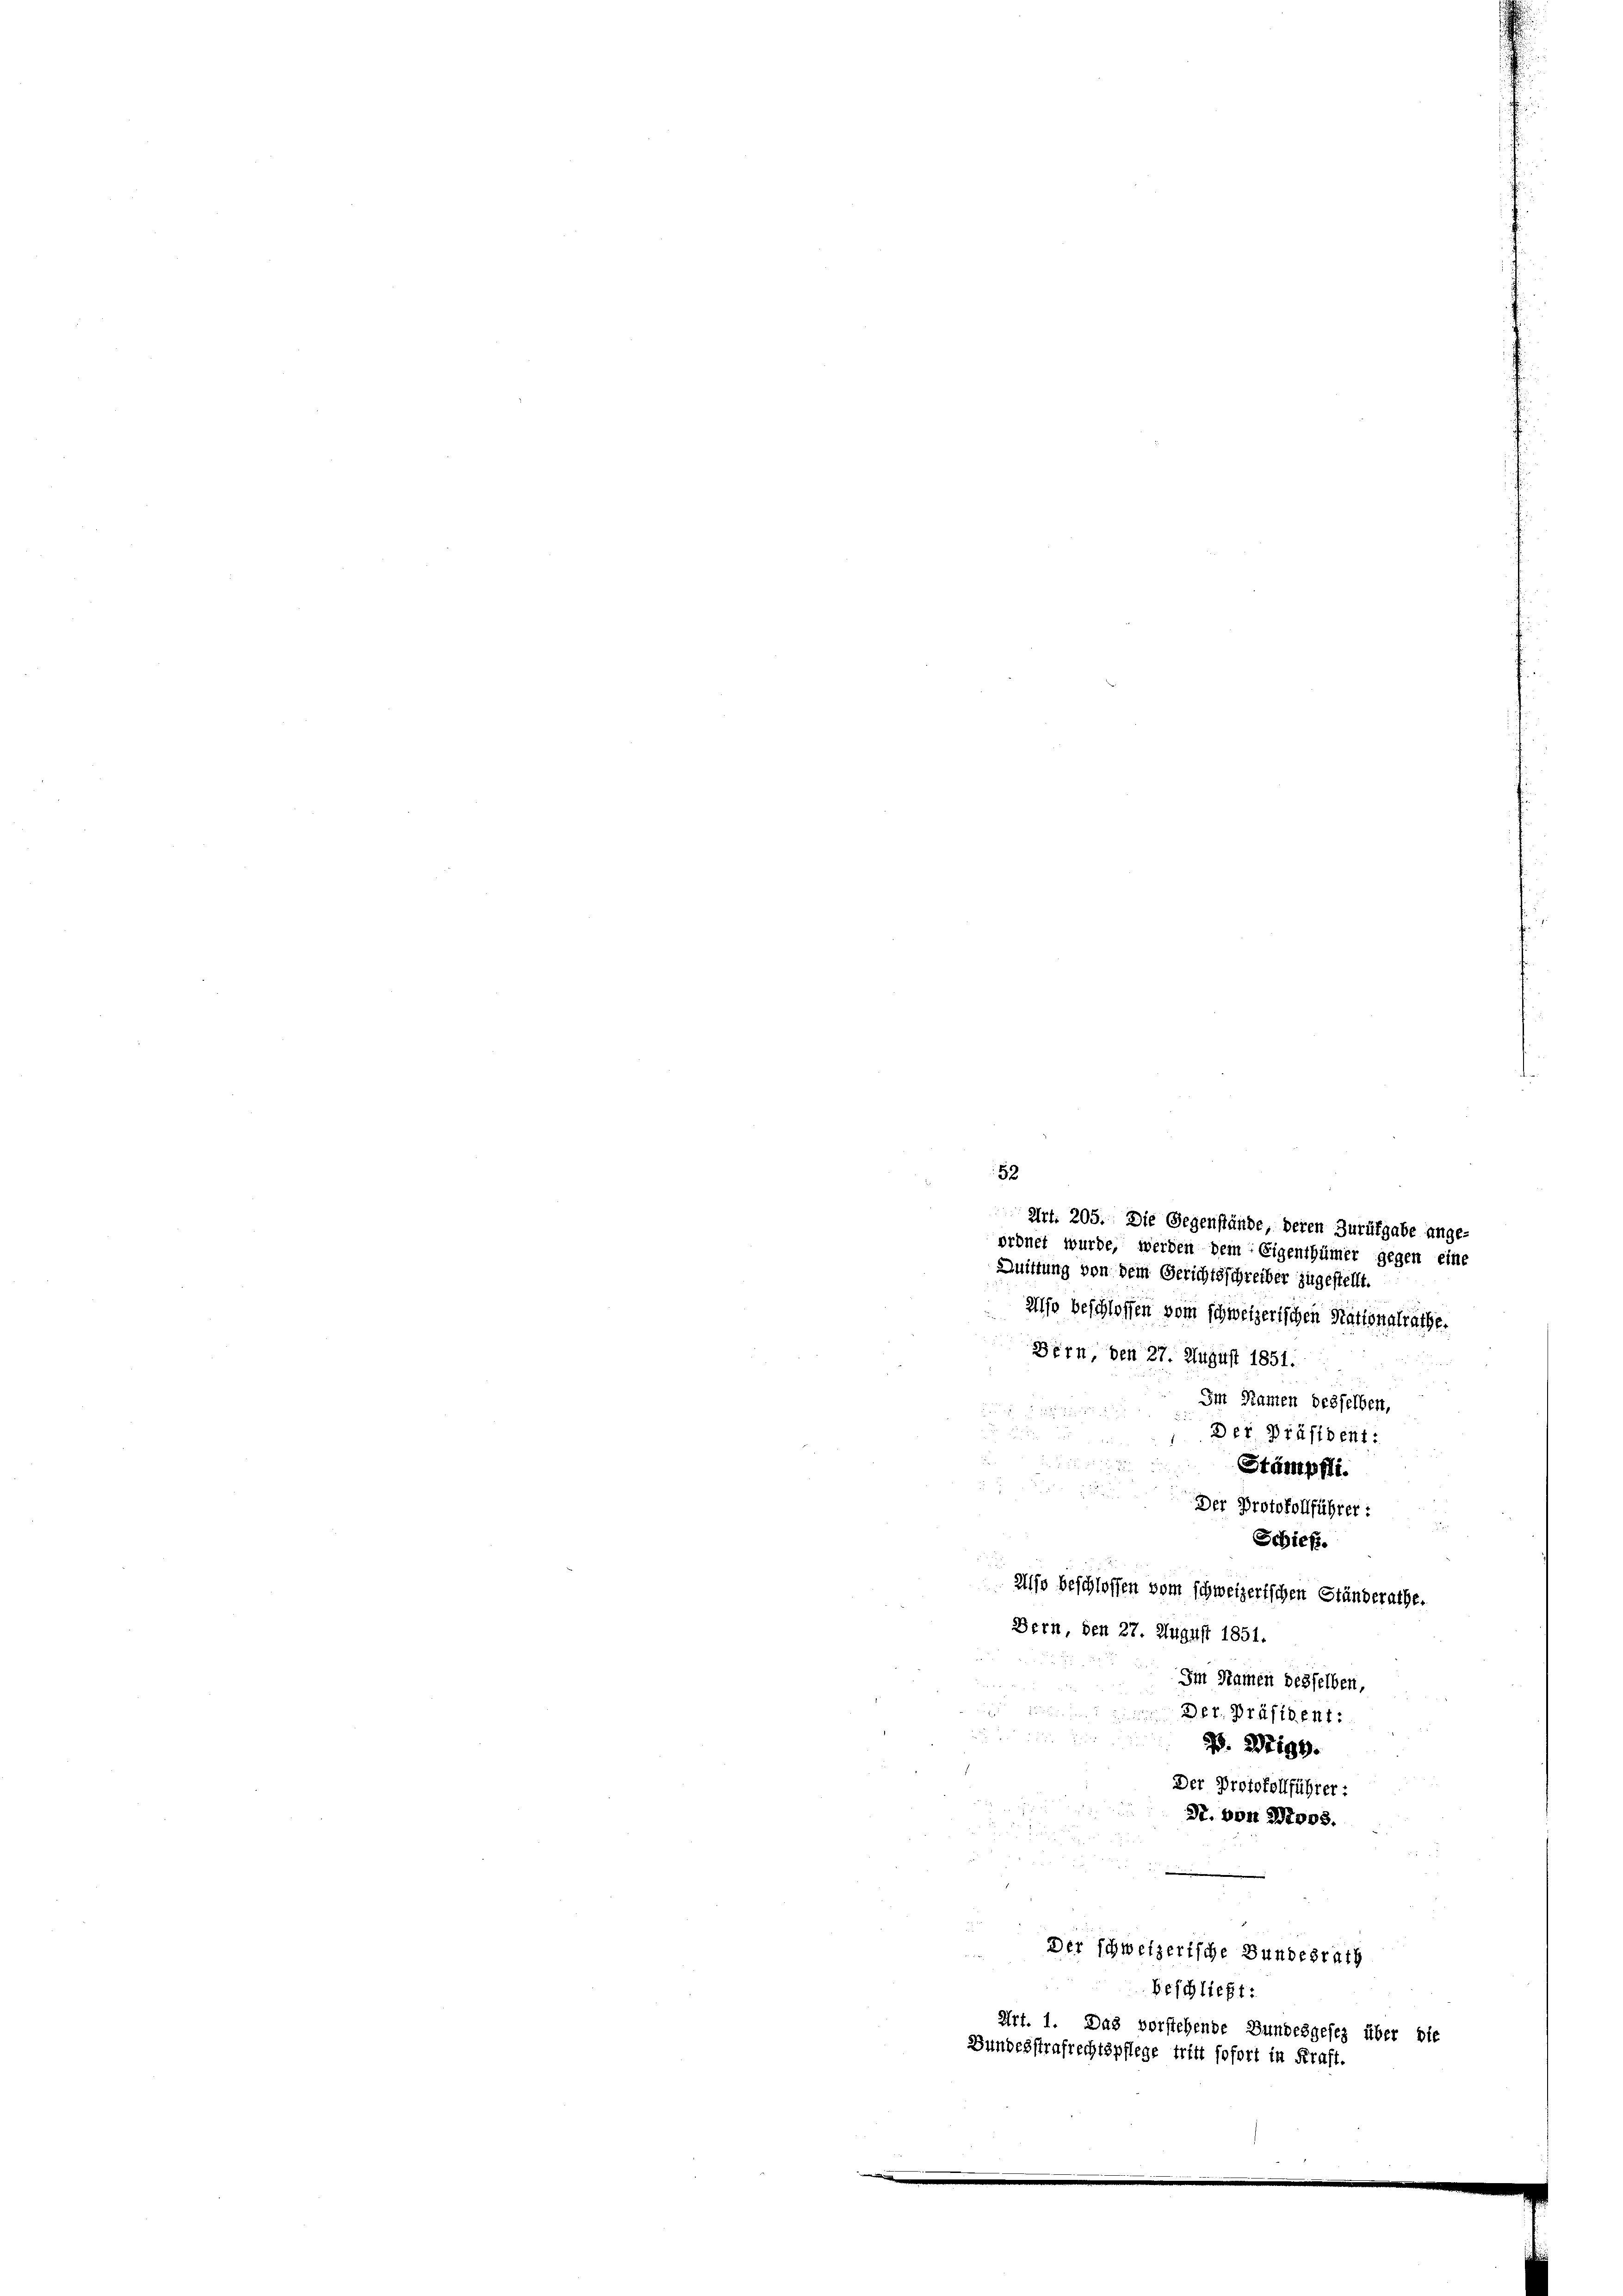
52
Art. 205. Die Gegenstände, deren Zurükgabe ange-
ordnet wurde, werden dem Eigenthümer gegen eine
Quittung von dem Gerichtsschreiber zugestellt.
Also beschlossen vom schweizerischen Nationalräthe.
Bern, den 27. August 1851.
Im Namen desselben,
Der Präsident:
2
Stämpfli.
Der Protokollführer:
Schieß.
Also beschlossen vom schweizerischen Ständerathe.
Bern, den 27. August 1851.
Im Namen desselben,
Der. Präsident:

. 22199.
Der Protokollführer:
g
N. von 21008.
Der schweizerische Bundesrath
Beschließt:
Art. 1. Das vorstehende Bundesgesez über bie
Bundesstrafrechtspflege tritt sofort in Kraft.